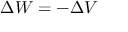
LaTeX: \Delta W = - \Delta V